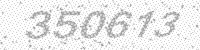
Solution: 350613